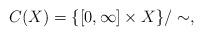
LaTeX: \begin{align*} C(X)=\{ [0,\infty] \times X\}/ \sim ,\end{align*}